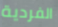
الفردية